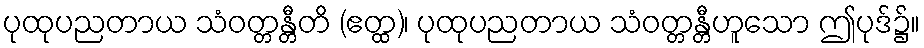
ပုထုပညတာယ သံဝတ္တန္တီတိ (ဧတ္ထ)၊ ပုထုပညတာယ သံဝတ္တန္တီဟူသော ဤပုဒ်၌။